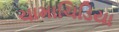
ચામાચિડિયા